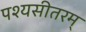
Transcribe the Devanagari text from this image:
पश्यसीतरम्